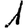
Digit: 1